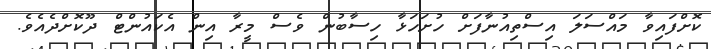
ކޮށްފައިވާ މައްސަލަ އިސްތިއުނާފަށް ހުށަހަޅާ ހިސާބުން ވެސް މީރާ އިން އެކައުންޓް ދޫކޮށްދެއެވެ.